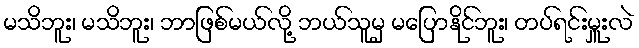
မသိဘူး၊ မသိဘူး၊ ဘာဖြစ်မယ်လို့ ဘယ်သူမှ မပြောနိုင်ဘူး၊ တပ်ရင်းမှူးလဲ